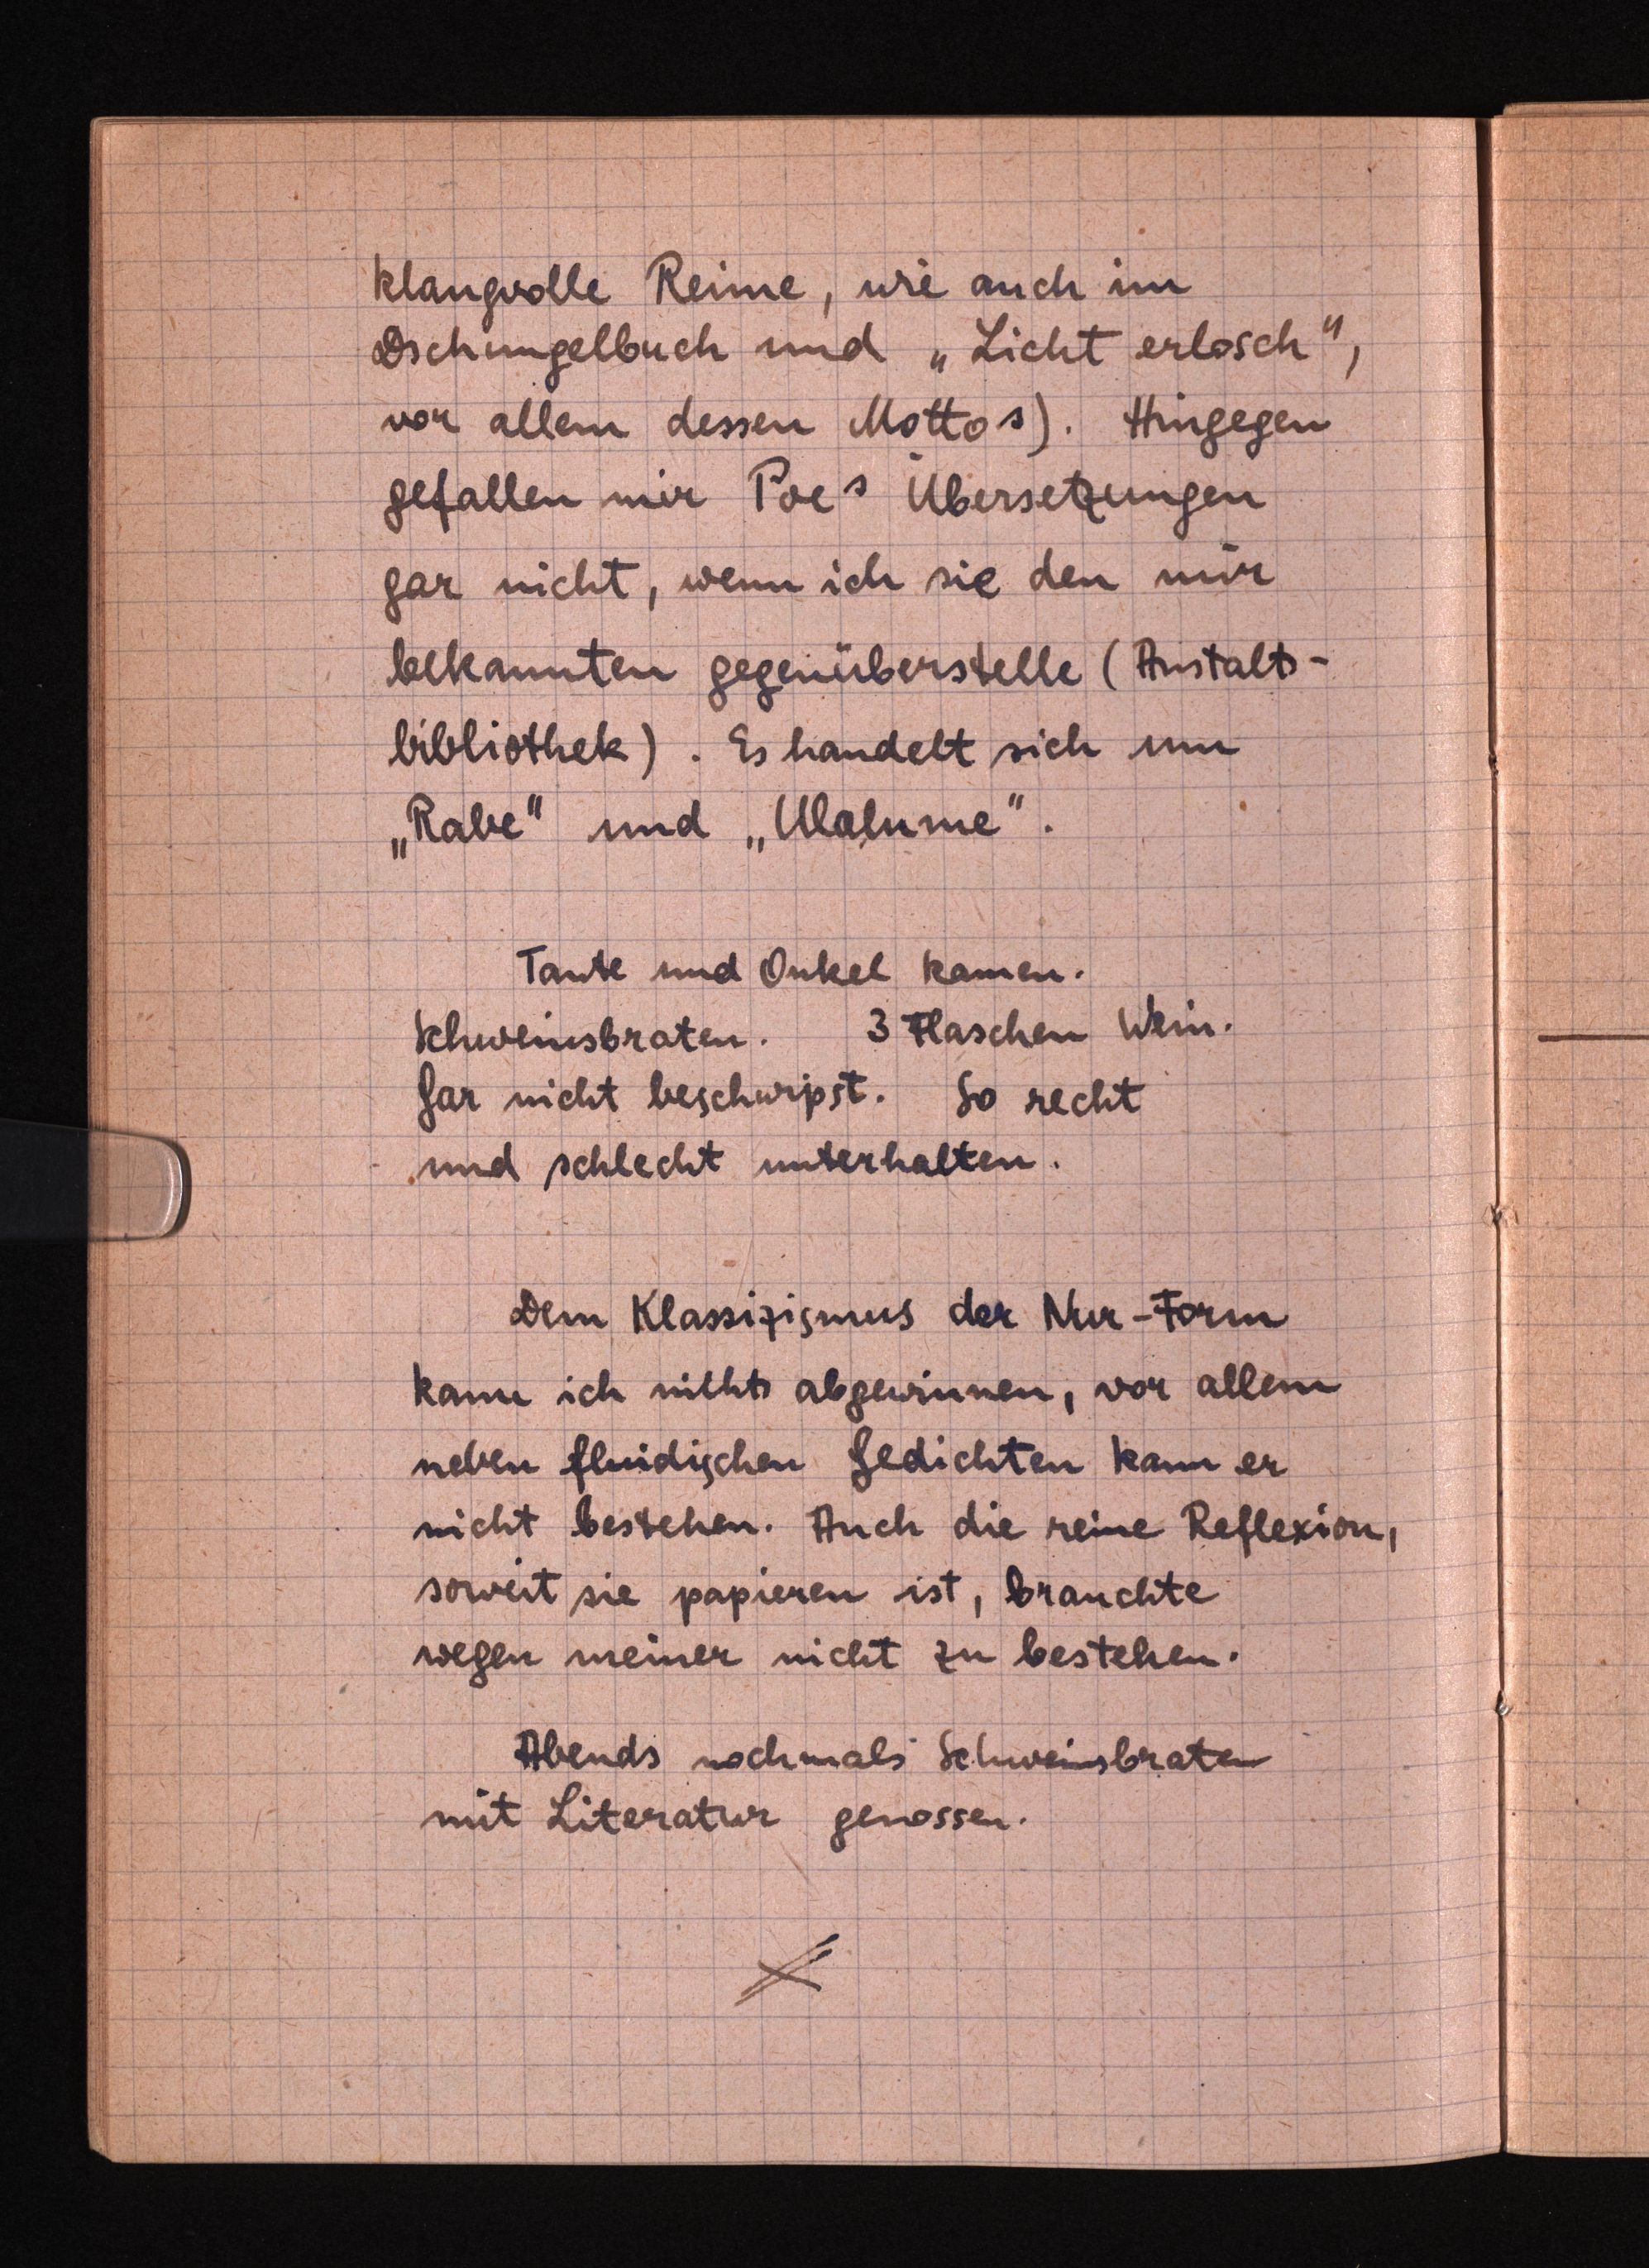
klangvolle Renne, wie auch im
Dschungelbuch und "Licht erlosch!!,
vor allem dessen Mottos). Hingegen
gefallen mer Poes Übersetzungen
gar nicht, wenn ich sie den nur
bekannten gegenüberstelle (Anstalts¬
bibliothek). Es handelt sich um
„Rabe und "Ulalume.
Tante und Onkel kamen.
Schweisbraten. 3 Flaschen Wein.
Gar nicht beschwipst. So recht
und schlecht unterhalten.
Dei Klassizismus der Nur-Form
kann ich nichts abgewinnen, vor allem
neben flüidischen Gedichten kann er
nicht bestehen. Auch die reine Reflexion,
soweit sie papieren ist, brauchte
wegen meiner nicht zu bestehen.
Abends nochmals Schweinsbraten
mit Literatur genossen.